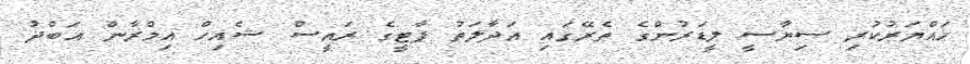
ހައްޔަރުކުރި ސިޔާސީ ލީޑަރުންގެ ތެރޭގައި އަދާލަތު ޕާޓީގެ ރައީސް ޝެއިހް އިމްރާން އަބްދު